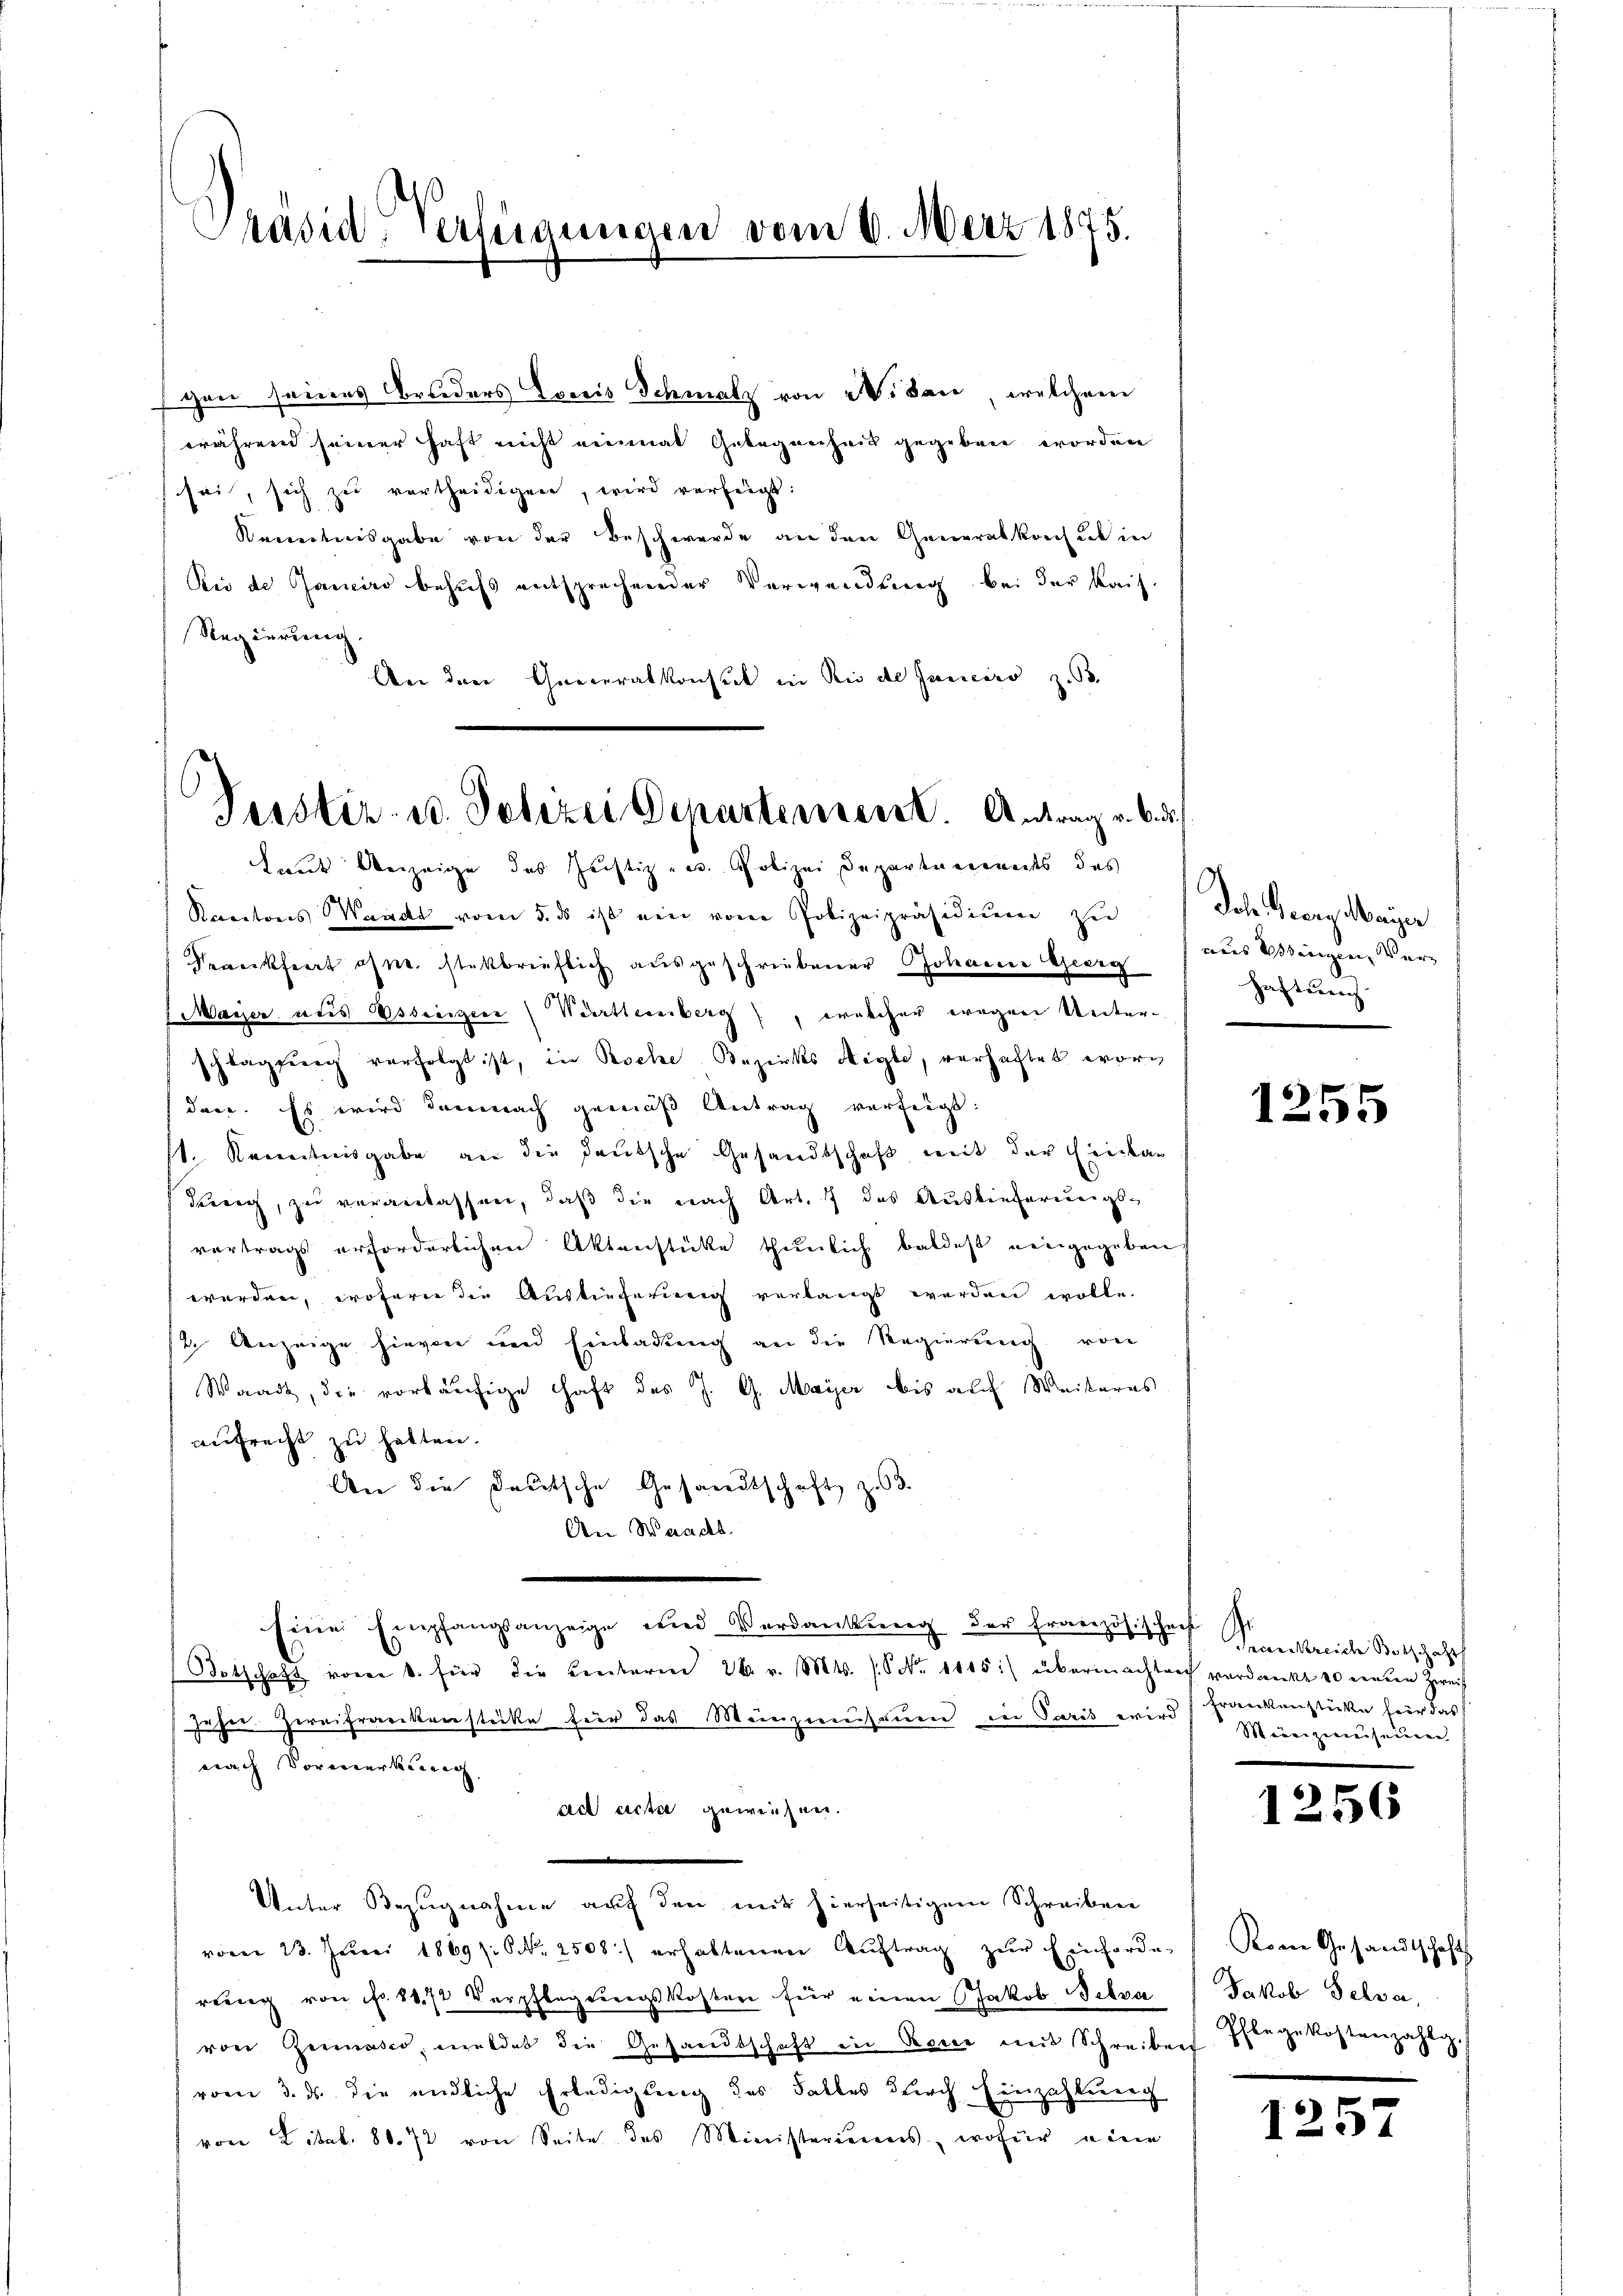
Präsid. Verfügungen vom 6. März 1875.

chon seines Bruders Loris Schmalz von W. an, welchem
(während seiner Haft nicht einmal Gelegenheit gegeben worden
sei, sich zu vertheidigen, wird verfügt:
Kenntnisgabe von der Beschwerde an den Generalkonsul in
Bei de Janeiro behufs entsprechender Verwendung bei der Kais.
Regierung
Aber der Creceralkonsul in Rio de Janeiro z. B.
Kantons Waadt vom 5. ds ist ein vom Polizeipräsidiŭm zu Joh. Georg Mayer
Berückfiert ohne steckbrieflich ausgeschriebener Johanne Georg
Maier ates steigers (Württemberg), welcher wegen Unterschlagung verfolgt ist, in Roche Bezirks Aigle, verhaftet word
dere. Es wird demnach gemäß Antrag verfügt:
st. Kenntnisgabe an die deutsche Gesandtschaft mit der Einkadrung, zu veranlassen, daß die nach Art. 7 das Auslieferungsvortrags erforderlichen Aktenstücke thunlich baldest eingegeben
werden, wofern die Auslieferung verlangt werden wolle.
12. Anzeige hievon und Einladung an die Regierung von
Waadt, die vorläufige Haft des J. G. Maÿer bis auf Weiteres
aufrecht zu hatten.
An die Deutsche Gesandtschaft zu 3.
An Waadt.
Eine Empfangsanzeige und Verdankŭng der Französischen Sienkreiche Botschaft
Botschaft vom 1. für die Centaren 26. v. Mts. (S. Nr. 1415:) übernachtrag verdankt 20 einten Zweif
jeher. Zereifrankenstücke für das Meinzuhauen in Paris wird Frankenstücke für das
nach Vormerkung
ad acta gewiesen.
Unter Bezugnahme auf den mit hierseitigem Schreiben
vom 23. Jŭni 1869): S. 2508) erhaltenen Aŭftrag zŭr Einforden (Komn Gesandtschafts
rung von fr. 1872 Verpflegeregskosten für einen Jakob Tetra
vor Germasco, meldet die Gesandtschaft in Oesen mit Schreiben
vom 3. ds die endliche Erledigung des Falles durch Einzahlung
von Libel. 80. 72 von Seite des Ministerierens, wofür eine

Verstir- u. Polizei Departement. Antrag v. 6. d.
Laut Anzeige des Justiz und Polizei Departements des

aus eingen, Verhaftung.

1255

Meierzinseinen

1256

Jakob Helver,
Pflege Kostenzahlg

1257